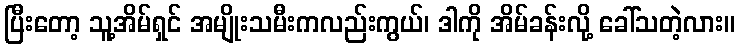
ပြီးတော့ သူ့အိမ်ရှင် အမျိုးသမီးကလည်းကွယ်၊ ဒါကို အိမ်ခန်းလို့ ခေါ်သတဲ့လား။